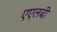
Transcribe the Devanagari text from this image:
एएलबी